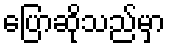
ပြောဆိုသည်မှာ